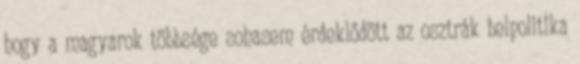
hogy a magyarok többsége sohasem érdeklődött az osztrák belpolitika